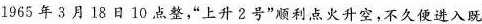
1965年3月18日10点整，”上升2号”顺利点火升空，不久便进入既